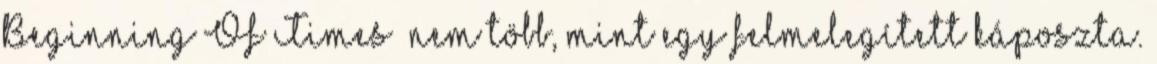
Beginning Of Times’ nem több, mint egy felmelegített káposzta.